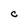
Character: c